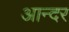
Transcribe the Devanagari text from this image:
आन्दर